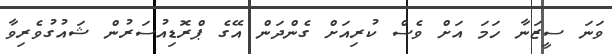
ވަނަ ސީޒަނާ ހަމަ އަށް ވެސް ކުރިއަށް ގެންދަން އޭގެ ޕްރޮޑިއުސަރުން ޝައުގުވެރިވާ